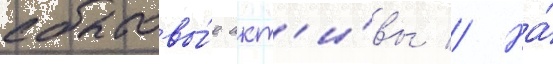
сбытовы́е акт'и́вы // На́